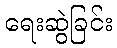
ရေးဆွဲခြင်း